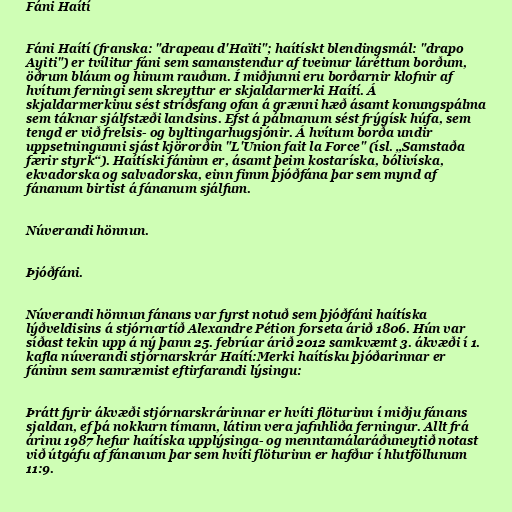
Fáni Haítí

Fáni Haítí (franska: "drapeau d'Haïti"; haítískt blendingsmál: "drapo
Ayiti") er tvílitur fáni sem samanstendur af tveimur láréttum borðum,
öðrum bláum og hinum rauðum. Í miðjunni eru borðarnir klofnir af
hvítum ferningi sem skreyttur er skjaldarmerki Haítí. Á
skjaldarmerkinu sést stríðsfang ofan á grænni hæð ásamt konungspálma
sem táknar sjálfstæði landsins. Efst á pálmanum sést frýgísk húfa, sem
tengd er við frelsis- og byltingarhugsjónir. Á hvítum borða undir
uppsetningunni sjást kjörorðin "L'Union fait la Force" (ísl. „Samstaða
færir styrk“). Haítíski fáninn er, ásamt þeim kostaríska, bólivíska,
ekvadorska og salvadorska, einn fimm þjóðfána þar sem mynd af
fánanum birtist á fánanum sjálfum.

Núverandi hönnun.

Þjóðfáni.

Núverandi hönnun fánans var fyrst notuð sem þjóðfáni haítíska
lýðveldisins á stjórnartíð Alexandre Pétion forseta árið 1806. Hún var
síðast tekin upp á ný þann 25. febrúar árið 2012 samkvæmt 3. ákvæði í 1.
kafla núverandi stjórnarskrár Haítí:Merki haítísku þjóðarinnar er
fáninn sem samræmist eftirfarandi lýsingu:

Þrátt fyrir ákvæði stjórnarskrárinnar er hvíti flöturinn í miðju fánans
sjaldan, ef þá nokkurn tímann, látinn vera jafnhliða ferningur. Allt frá
árinu 1987 hefur haítíska upplýsinga- og menntamálaráðuneytið notast
við útgáfu af fánanum þar sem hvíti flöturinn er hafður í hlutföllunum
11:9.